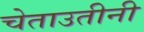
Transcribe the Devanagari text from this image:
चेताउतीनी